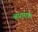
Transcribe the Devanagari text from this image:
चारनाक